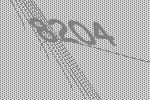
8204